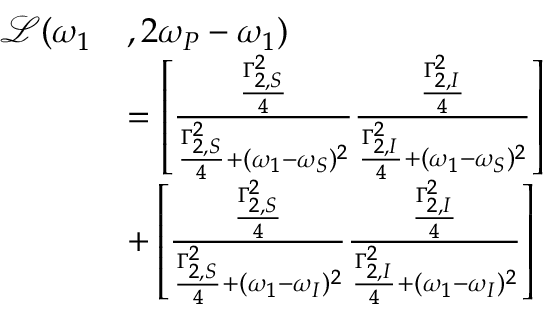
\begin{array} { r l } { \mathcal { L } ( \omega _ { 1 } } & { , 2 \omega _ { P } - \omega _ { 1 } ) } \\ & { = \left[ \frac { \frac { \Gamma _ { 2 , S } ^ { 2 } } { 4 } } { \frac { \Gamma _ { 2 , S } ^ { 2 } } { 4 } + ( \omega _ { 1 } - \omega _ { S } ) ^ { 2 } } \frac { \frac { \Gamma _ { 2 , I } ^ { 2 } } { 4 } } { \frac { \Gamma _ { 2 , I } ^ { 2 } } { 4 } + ( \omega _ { 1 } - \omega _ { S } ) ^ { 2 } } \right] } \\ & { + \left[ \frac { \frac { \Gamma _ { 2 , S } ^ { 2 } } { 4 } } { \frac { \Gamma _ { 2 , S } ^ { 2 } } { 4 } + ( \omega _ { 1 } - \omega _ { I } ) ^ { 2 } } \frac { \frac { \Gamma _ { 2 , I } ^ { 2 } } { 4 } } { \frac { \Gamma _ { 2 , I } ^ { 2 } } { 4 } + ( \omega _ { 1 } - \omega _ { I } ) ^ { 2 } } \right] } \end{array}